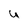
Character: U